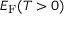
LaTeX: E _ { \mathrm { { F } } } ( T > 0 )